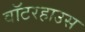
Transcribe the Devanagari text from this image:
वॉटरहाउस